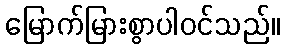
မြောက်မြားစွာပါဝင်သည်။